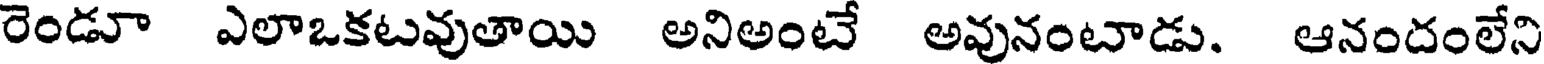
రెండూ ఎలాఒకటవుతాయి అనిఅంటే అవునంటాడు. ఆనందంలేని